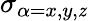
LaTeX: \sigma_{\alpha=x,y,\mathit{z}}